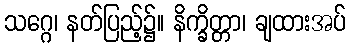
သဂ္ဂေ၊ နတ်ပြည့်၌။ နိက္ခိတ္တာ၊ ချထားအပ်